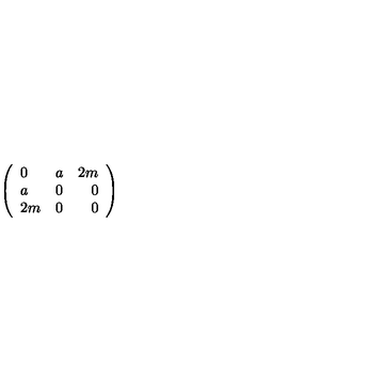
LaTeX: \left( \begin{array} { l c r } { 0 } & { a } & { 2 m } \\ { a } & { 0 } & { 0 } \\ { 2 m } & { 0 } & { 0 } \\ \end{array} \right)